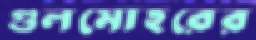
গুলমোহরের